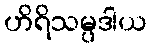
ဟိရိသမ္ပဒါယ